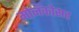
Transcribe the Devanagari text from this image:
मोनॅकोसह